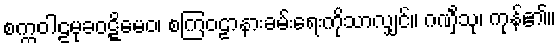
စက္ကဝါဠမုခဝဋ္ဋိမေဝ၊ စကြဝဠာနားခမ်းရေးကိုသာလျှင်။ ဂဏှိံသု၊ ကုန်၏။